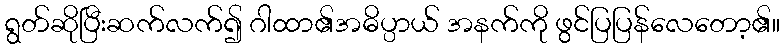
ရွတ်ဆိုပြီးဆက်လက်၍ ဂါထာ၏အဓိပ္ပာယ် အနက်ကို ဖွင်ပြပြန်လေတော့၏။